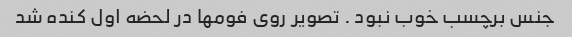
جنس برچسب خوب نبود . تصویر روی فومها در لحضه اول کنده شد